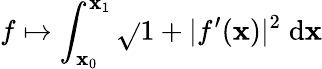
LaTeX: f\mapsto\int_{\mathbf{x}_{0}}^{\mathbf{x}_{1}}{\sqrt{}{{1+|f^{\prime}(\mathbf{x})|^{2}}}}\; \mathrm{{d}}\mathbf{x}